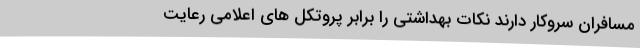
مسافران سروکار دارند نکات بهداشتی را برابر پروتکل های اعلامی رعایت